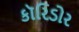
કૉરિડોર